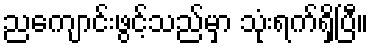
ညကျောင်းဖွင့်သည်မှာ သုံးရက်ရှိပြီ။